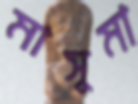
মাসুমা